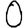
Digit: 0